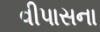
વીપાસના